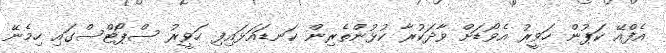
އެފްއޭ ކަޕުން ހަވީރު އެވޯޑަށް ވާދަކުރާ ކުޅުންތެރިން ކަނޑައަޅައިފި ހަވީރު ސްޕޯޓްސްގައި ހިމެނޭ